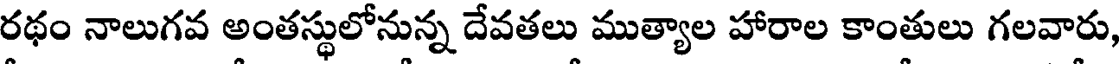
రథం నాలుగవ అంతస్థులోనున్న దేవతలు ముత్యాల హారాల కాంతులు గలవారు,